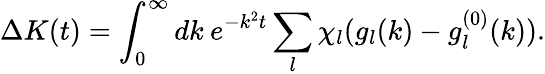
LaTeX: \Delta K(t)=\int_{0}^{\infty}dk\: e^{-k^{2}t}\sum_{l}\chi_{l}(g_{l}(k)-g_{l}^{(0)}(k)).